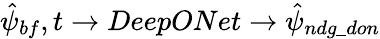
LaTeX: \hat{\psi}_{bf},t\rightarrow DeepONet\rightarrow\hat{\psi}_{ndg\_ don}